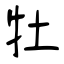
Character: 牡